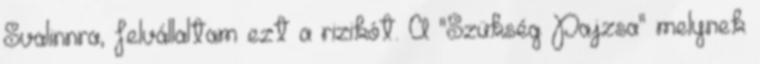
Svalinnra, felvállaltam ezt a rizikót. A "Szükség Pajzsa" melynek